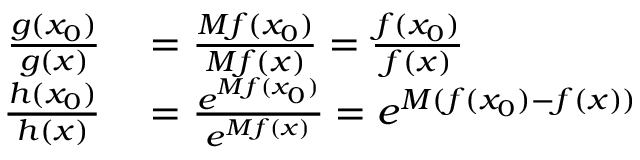
\begin{array} { r l } { { \frac { g ( x _ { 0 } ) } { g ( x ) } } } & { { } = { \frac { M f ( x _ { 0 } ) } { M f ( x ) } } = { \frac { f ( x _ { 0 } ) } { f ( x ) } } } \\ { { \frac { h ( x _ { 0 } ) } { h ( x ) } } } & { { } = { \frac { e ^ { M f ( x _ { 0 } ) } } { e ^ { M f ( x ) } } } = e ^ { M ( f ( x _ { 0 } ) - f ( x ) ) } } \end{array}